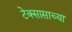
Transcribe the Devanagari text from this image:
टेक्सासाच्या